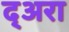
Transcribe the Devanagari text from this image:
द्अरा